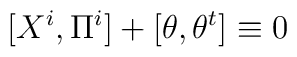
[X^i,\Pi ^i]+ [\theta ,\theta ^t]\equiv 0